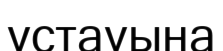
ұстауына